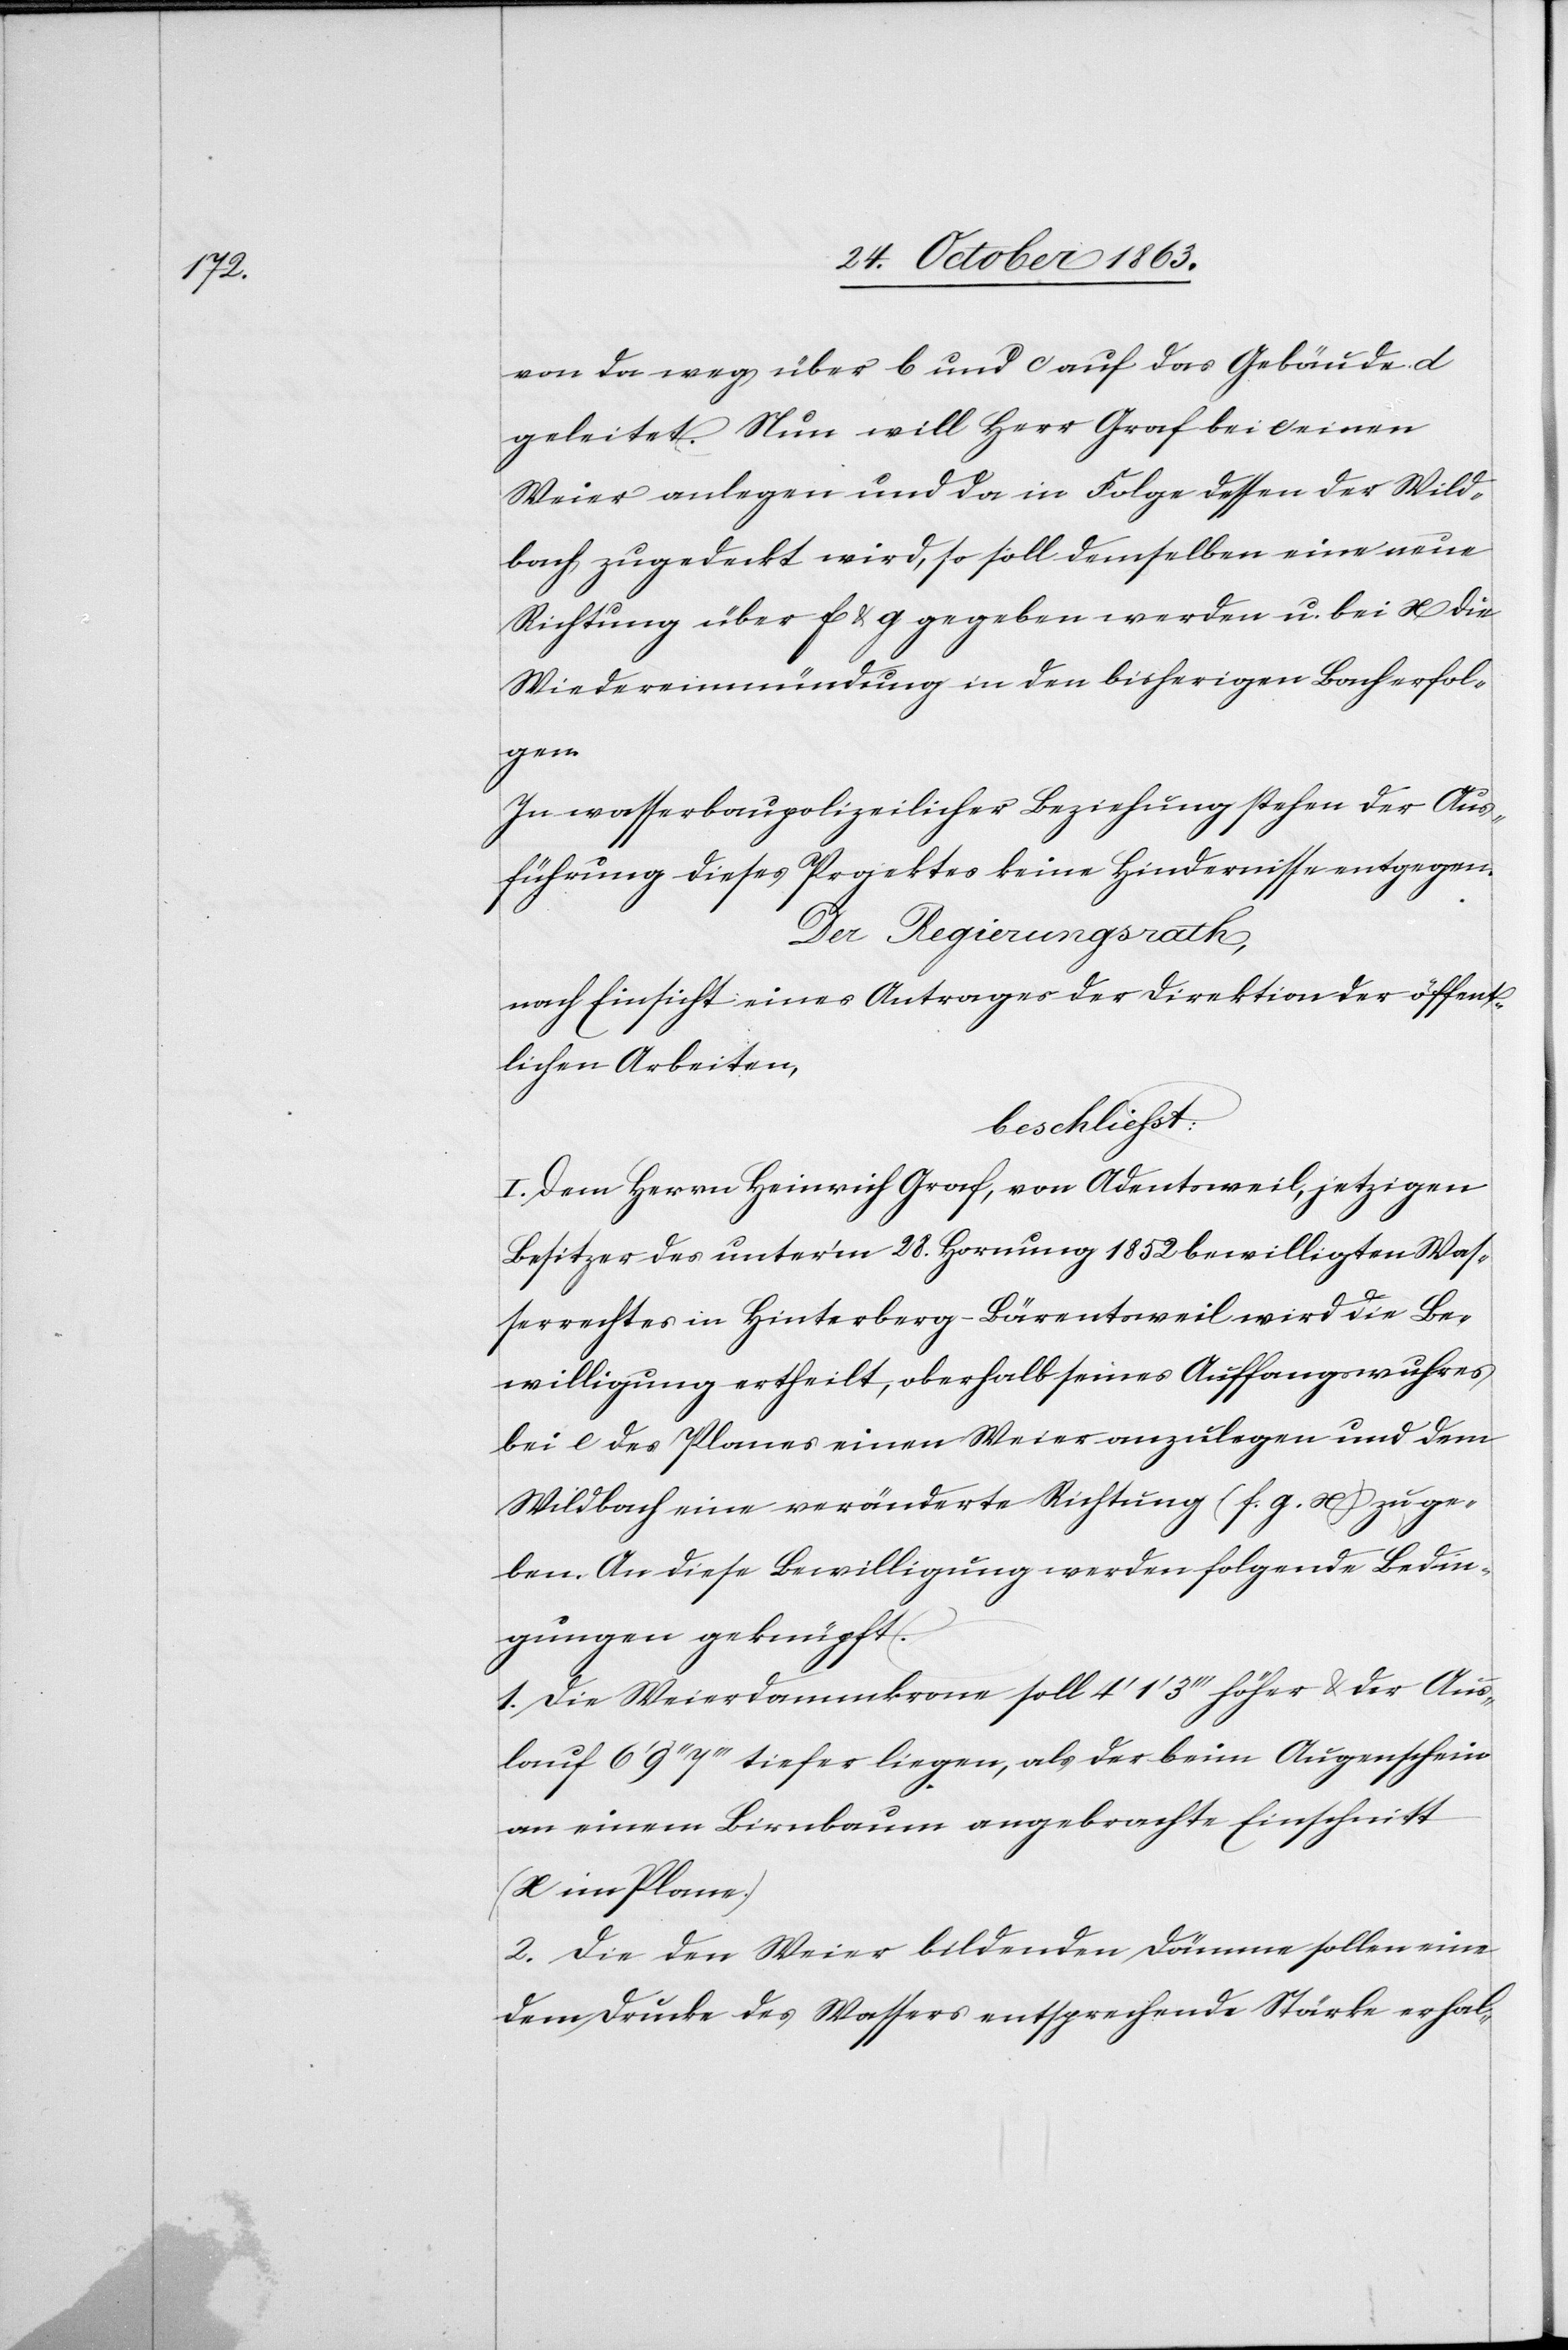
von da weg über b und c auf das Gebäude d
geleitet. Nun will Herr Graf bei c einen
Weier anlegen und da in Folge dessen der Wild¬
bach zugedeckt wird, so soll demselben eine neue
Richtung über f & g gegeben werden u. bei x die
Wiedereinmündung in den bisherigen Bach erfol¬
gen.
In wasserbaupolizeilicher Beziehung stehen der Aus¬
führung dieses Projektes keine Hindernisse entgegen.
Der Regierungsrath,
nach Einsicht eines Antrages der Direktion der öffent¬
lichen Arbeiten
beschliesst:
I. Dem Herrn Heinrich Graf, von Adentsweil, jetzigen
Besitzer des unter'm 28. Hornung 1852 bewilligten Was¬
serrechtes in Hinterberg-Bärentsweil wird die Be¬
willigung ertheilt, oberhalb seines Auffangswuhres
bei e des Planes einen Weier anzulegen und dem
Wildbach eine veränderte Richtung (f. g. x) zu ge¬
ben. An diese Bewilligung werden folgende Bedin¬
gungen geknüpft.
1. Die Weierdammkrone soll 4' 1'['] 3''' höher & der Aus¬
lauf 6' 9'' 7''' tiefer liegen, als der beim Augenschein
an einem Birnbaum angebrachte Einschnitt
(x im Plane.)
2. Die den Weier bildenden Dämme sollen eine
dem Drucke des Wassers entsprechende Stärke erhal-